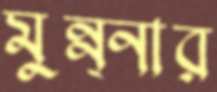
মুন্ন্নার